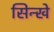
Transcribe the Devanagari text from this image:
सिन्खे